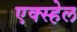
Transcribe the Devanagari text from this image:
एक्स्हेल